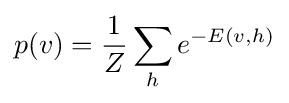
p(v)={\frac {1}{Z}}\sum _{h}e^{-E(v,h)}